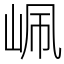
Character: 𡶺